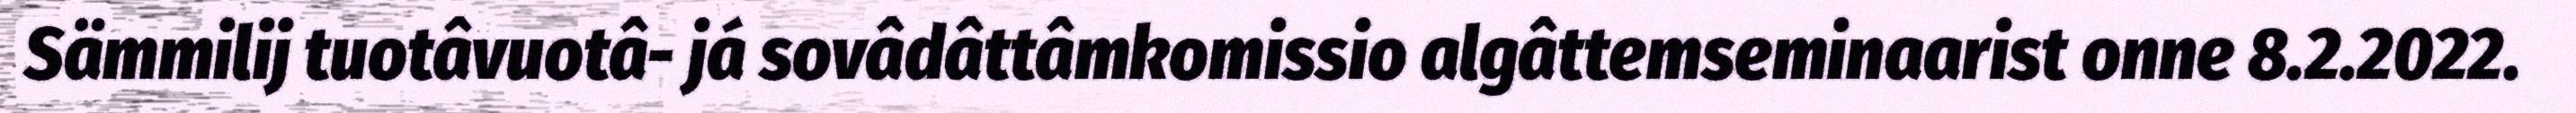
Sämmilij tuotâvuotâ- já sovâdâttâmkomissio algâttemseminaarist onne 8.2.2022.